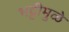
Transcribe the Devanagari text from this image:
भट्टीमुळे